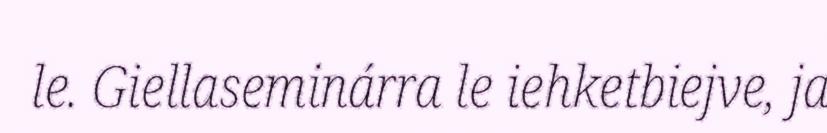
le. Giellaseminárra le iehketbiejve, ja